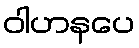
ဝါဟနပေ